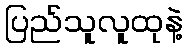
ပြည်သူလူထုနဲ့